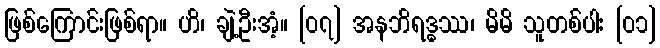
ဖြစ်ကြောင်းဖြစ်ရာ။ ဟိ၊ ချဲ့ဦးအံ့။ [၀၇] အနဘိရဒ္ဓဿ၊ မိမိ သူတစ်ပါး [၀၁]